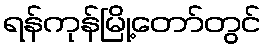
ရန်ကုန်မြို့တော်တွင်